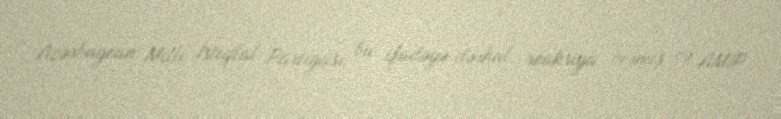
Azərbaycan Milli İstiqlal Partiyası bu ifadəyə dərhal reaksiya vermiş və AMİP